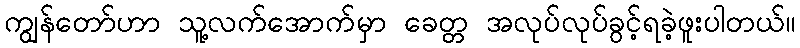
ကျွန်တော်ဟာ သူ့လက်အောက်မှာ ခေတ္တ အလုပ်လုပ်ခွင့်ရခဲ့ဖူးပါတယ်။